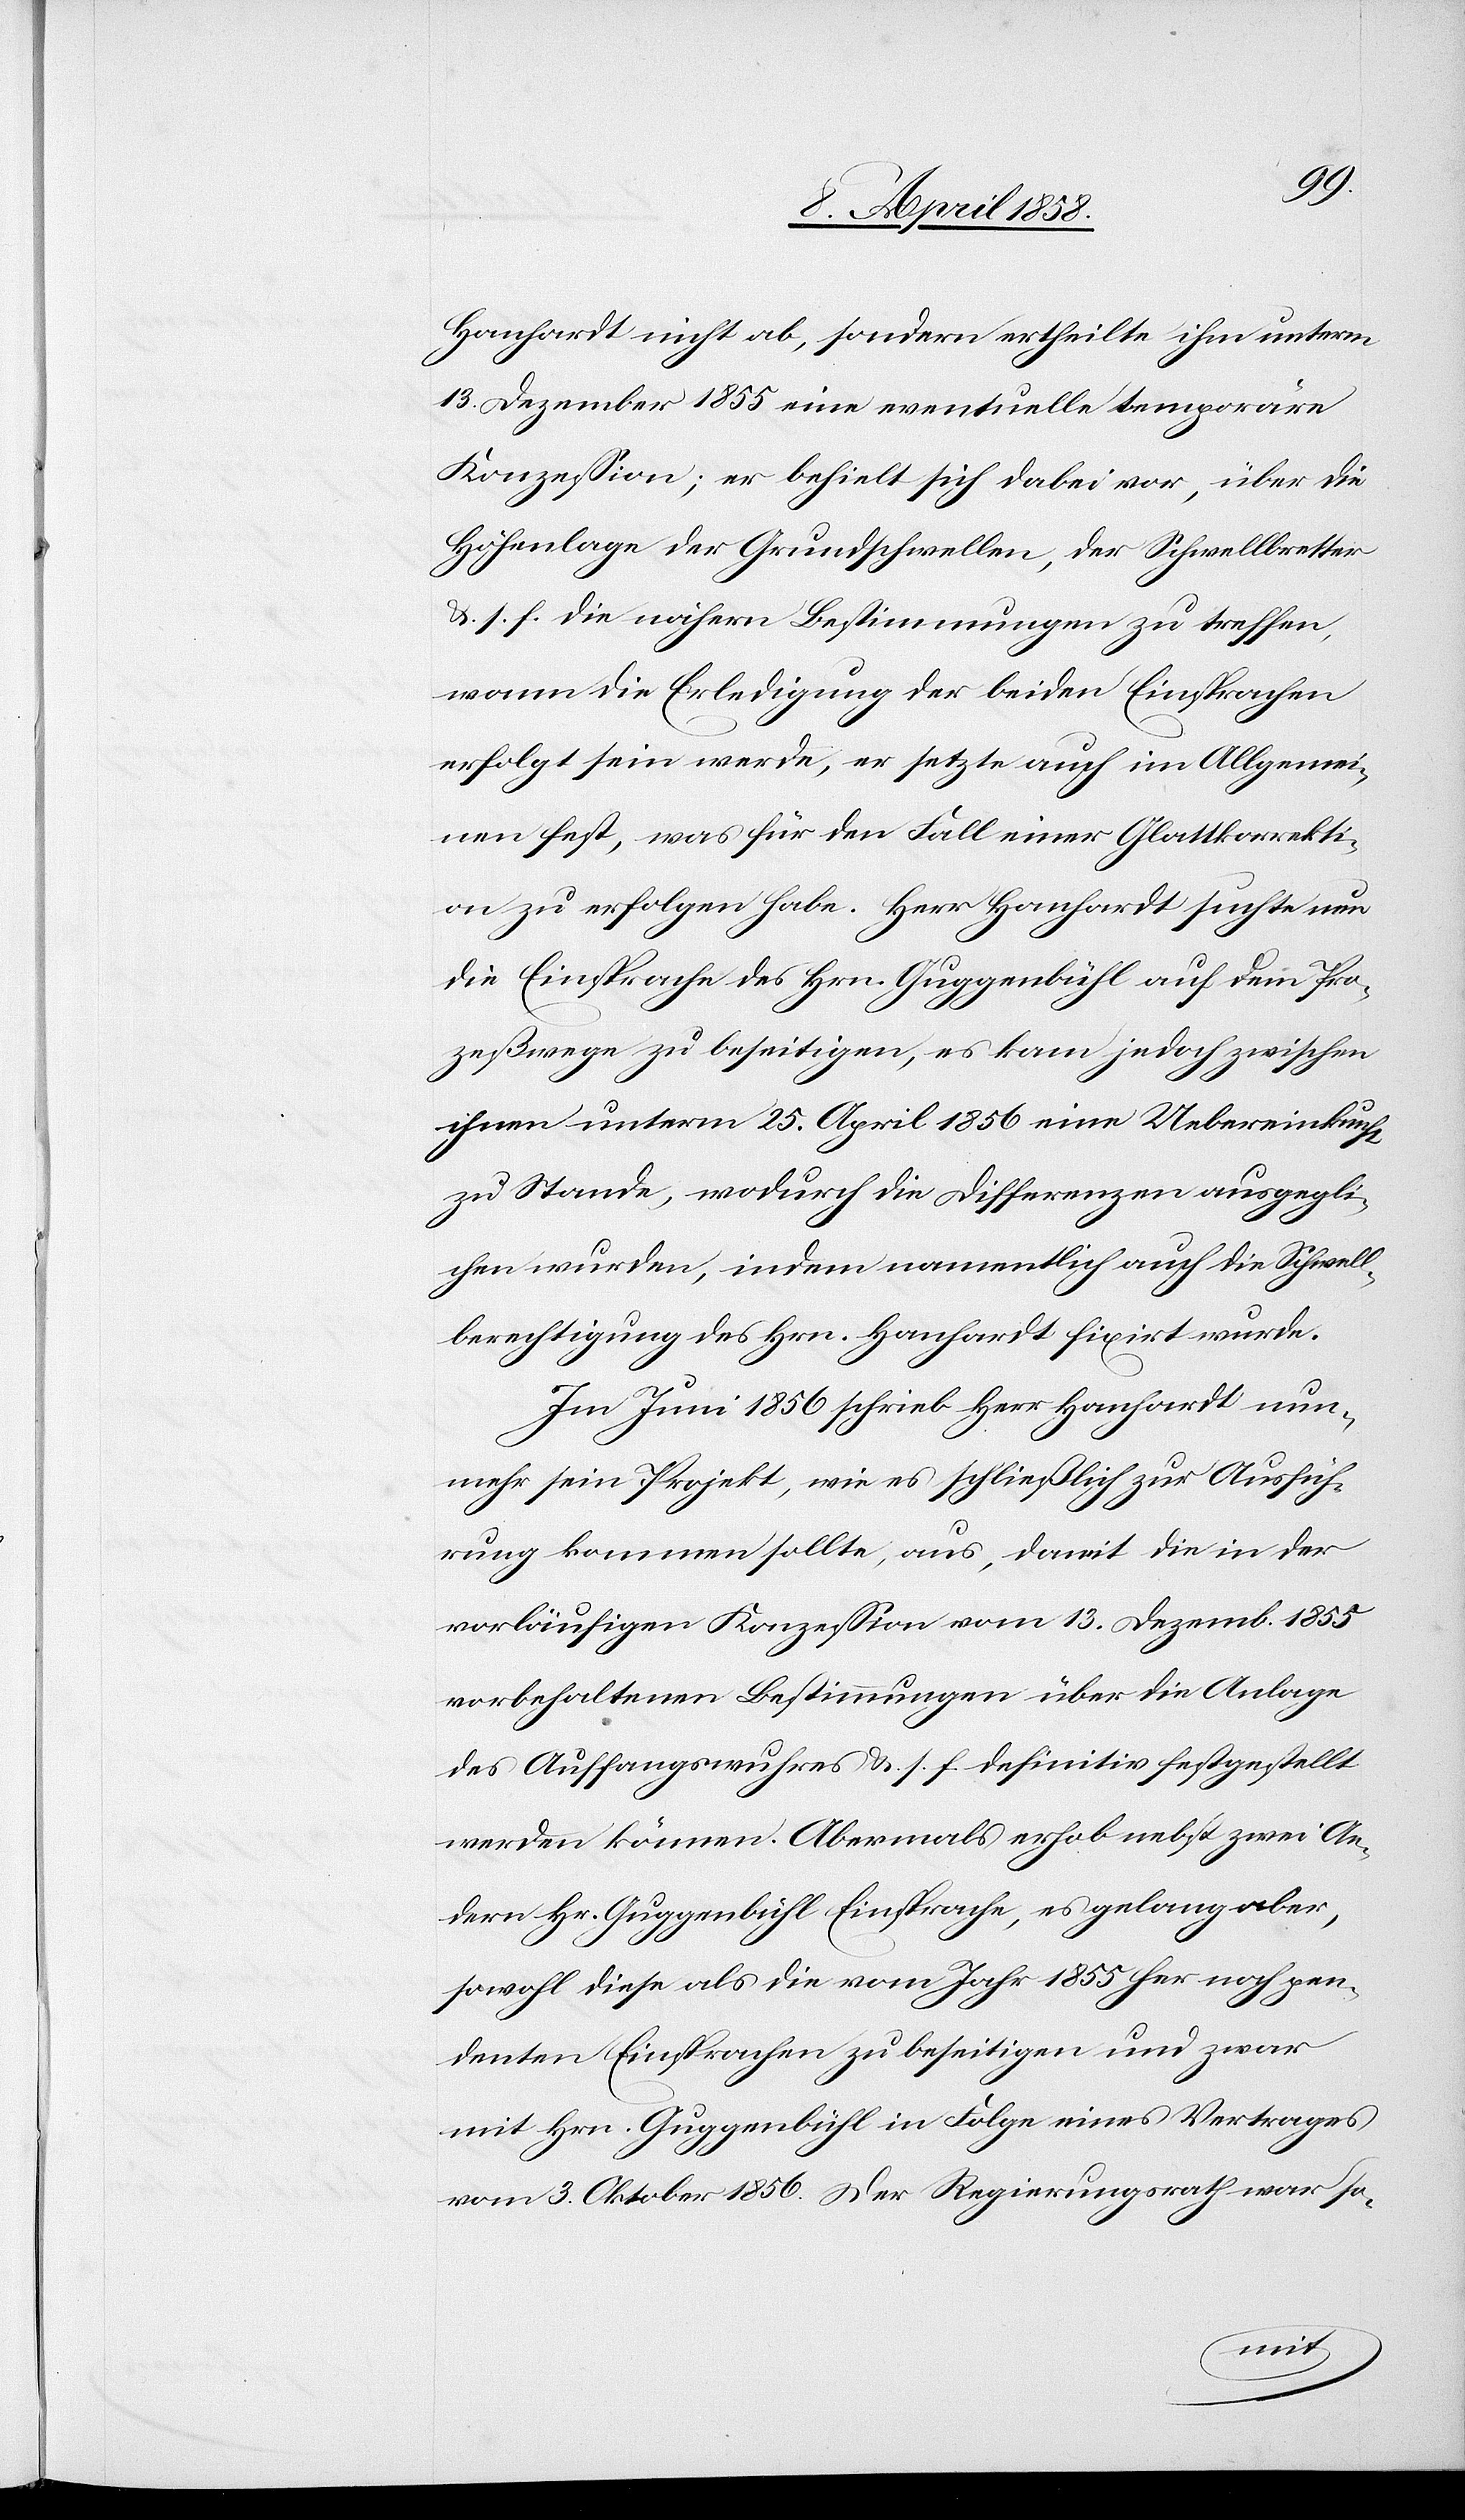
Hanhardt nicht ab, sondern ertheilte ihm unterm
13. Dezember 1855 eine eventuelle temporäre
Konzession; er behielt sich dabei vor, über die
Höhenlage der Grundschwellen, der Schwellbretter
& s. f. die nähern Bestimmungen zu treffen,
wenn die Erledigung der beiden Einsprachen
erfolgt sein werde, er setzte auch im Allgemei¬
nen fest, was für den Fall einer Glattkorrekti¬
on zu erfolgen habe. Herr Hanhardt suchte nun
die Einsprache des Hrn. Guggenbühl auf dem Pro¬
zeßwege zu beseitigen, es kam jedoch zwischen
ihnen unterm 25. April 1856 eine Uebereinkunft
zu Stande, wodurch die Differenzen ausgegli¬
chen wurden, indem namentlich auch die Schwell¬
berechtigung des Hrn. Hanhardt fixirt wurde.
Im Juni 1856 schrieb Herr Hanhardt nun¬
mehr sein Projekt, wie es schließlich zur Ausfüh¬
rung kommen sollte, aus, damit die in der
vorläufigen Konzession vom 13. Dezemb. 1855
vorbehaltenen Bestimmungen über die Anlage
des Auffangswuhres &. s. f. definitiv festgestellt
werden können. Abermals erhoben nebst zwei An¬
dern Hr. Guggenbühl Einsprache, es gelang aber,
sowohl diese als die vom Jahr 1855 her noch pen¬
denten Einsprachen zu beseitigen und zwar
mit Hrn. Guggenbühl in Folge eines Vertrages
vom 3. Oktober 1856. Der Regierungsrath war so-